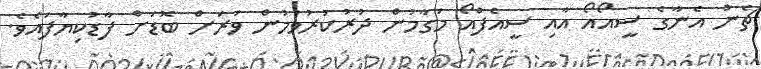
ޗެން އެނާގެ ސީއޯއޯ އާއި ސީއެފްއޯ މަގާމުން ދުރުކުރުވުމުން ވަރަށް ބޮޑަށް ފާޑުކިޔާފައެވެ.